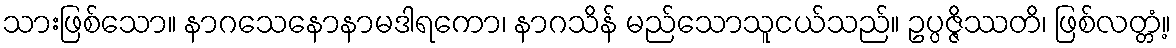
သားဖြစ်သော။ နာဂသေနောနာမဒါရကော၊ နာဂသိန် မည်သောသူငယ်သည်။ ဥပ္ပဇ္ဇိဿတိ၊ ဖြစ်လတ္တံ့။